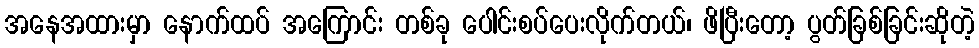
အနေအထားမှာ နောက်ထပ် အကြောင်း တစ်ခု ပေါင်းစပ်ပေးလိုက်တယ်၊ ဖိပြီးတော့ ပွတ်ခြစ်ခြင်းဆိုတဲ့